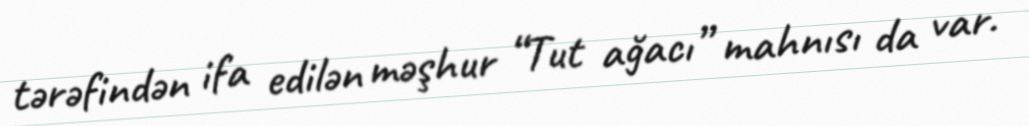
tərəfindən ifa edilən məşhur “Tut ağacı” mahnısı da var.